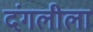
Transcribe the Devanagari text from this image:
दंगलीला